Indian journal of veterinary science and animal husbandry - Volumes 22-23, 1952-1953
Year: 1952
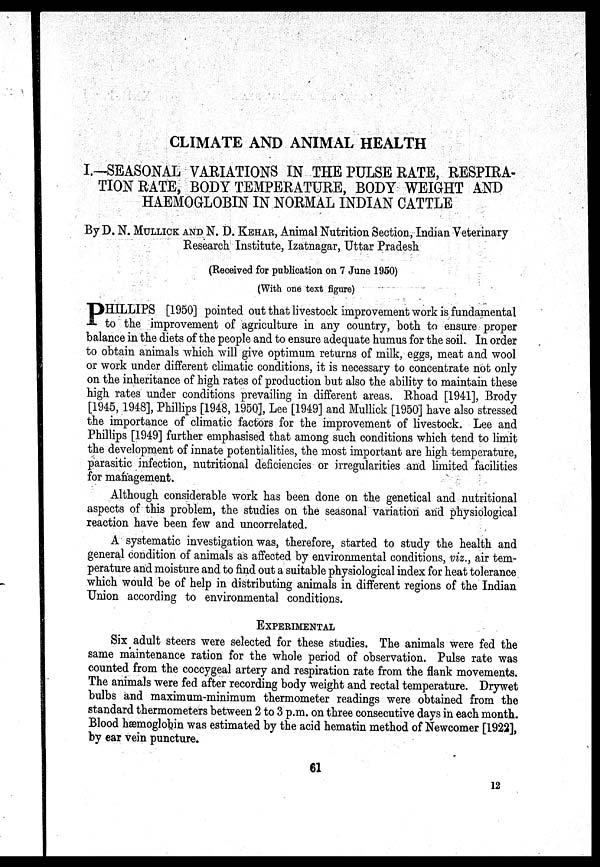
CLIMATE AND ANIMAL HEALTH
I.-SEASONAL VARIATIONS IN THE PULSE RATE, RESPIRA-
TION RATE, BODY TEMPERATURE, BODY WEIGHT AND
HAEMOGLOBIN IN NORMAL INDIAN CATTLE
By D. N. MULLICK AND N. D. KEHAR, Animal Nutrition Section, Indian Veterinary
Research Institute, Izatnagar, Uttar Pradesh
(Received for publication on 7 June 1950)
(With one text figure)
P HILLIPS [1950] pointed out that livestock improvement work is fundamental
to the improvement of agriculture in any country, both to ensure proper
balance in the diets of the people and to ensure adequate humus for the soil. In order
to obtain animals which will give optimum returns of milk, eggs, meat and wool
or work under different climatic conditions, it is necessary to concentrate not only
on the inheritance of high rates of production but also the ability to maintain these
high rates under conditions prevailing in different areas. Rhoad [1941], Brody
[1945, 1948], Phillips [1948, 1950], Lee [1949] and Mullick [1950] have also stressed
the importance of climatic factors for the improvement of livestock. Lee and
Phillips [1949] further emphasised that among such conditions which tend to limit
the development of innate potentialities, the most important are high temperature,
parasitic infection, nutritional deficiencies or irregularities and limited facilities
for management.
Although considerable work has been done on the genetical and nutritional
aspects of this problem, the studies on the seasonal variation and physiological
reaction have been few and uncorrelated.
A systematic investigation was, therefore, started to study the health and
general condition of animals as affected by environmental conditions, viz., air tem-
perature and moisture and to find out a suitable physiological index for heat tolerance
which would be of help in distributing animals in different regions of the Indian
Union according to environmental conditions.
EXPERIMENTAL
Six adult steers were selected for these studies. The animals were fed the
same maintenance ration for the whole period of observation. Pulse rate was
counted from the coccygeal artery and respiration rate from the flank movements.
The animals were fed after recording body weight and rectal temperature. Drywet
bulbs and maximum-minimum thermometer readings were obtained from the
standard thermometers between 2 to 3 p.m. on three consecutive days in each month.
Blood hæmoglobin was estimated by the acid hematin method of Newcomer [1922],
by ear vein puncture.
61
12